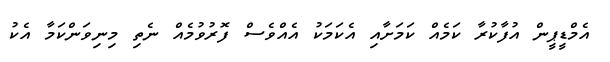
އެމްޑީޕީން އުފާކުރާ ކަމެއް ކަމަށާއި އެކަމަކު އެއްވެސް ފޮރުވުމެއް ނެތި މިނިވަންކަމާ އެކު